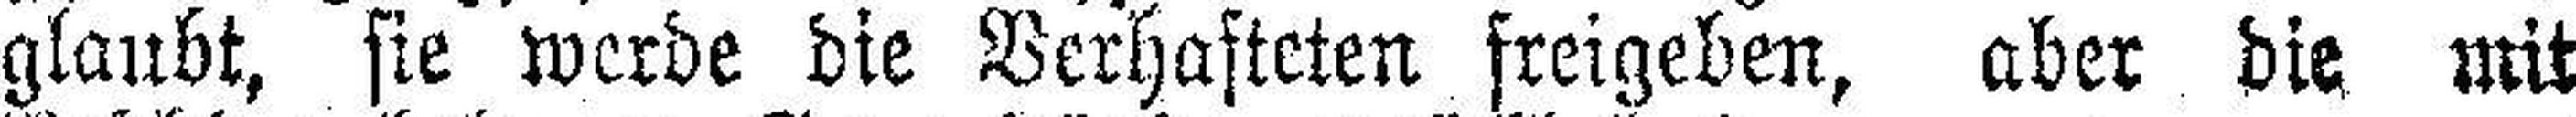
glaubt, sie werde die Verhafteten freigeben, aber die mit